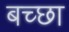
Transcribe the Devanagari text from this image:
बच्छा